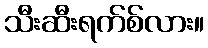
သီးဆီးရက်စ်လား။